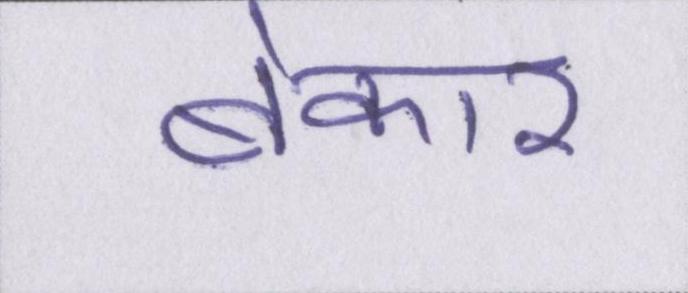
बेकार